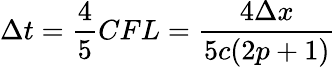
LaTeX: \Delta t=\frac{4}{5}CFL=\frac{4\Delta x}{5c(2p+1)}